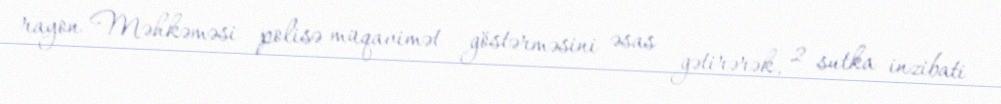
rayon Məhkəməsi polisə müqavimət göstərməsini əsas gətirərək, 2 sutka inzibati